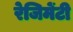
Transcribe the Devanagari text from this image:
रेजिमेंटी